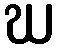
ဃ